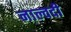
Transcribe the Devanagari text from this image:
नाल्वदी